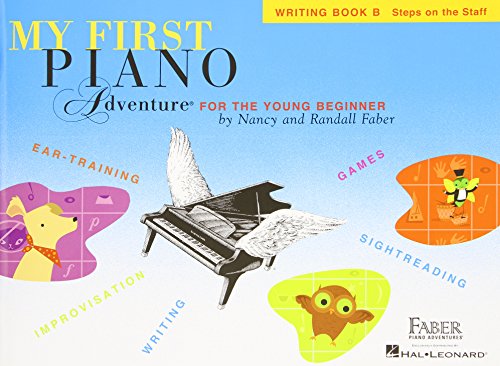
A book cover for My First Piano Adventure, Writing Book B; Humor & Entertainment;